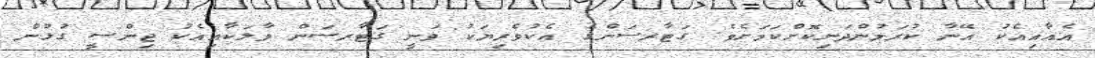
އެއާއިއެކު އޭނާ ކުރަމުންދަނިކޮށްކަމަށެވެ. ގަޓާރސަންގެ އެކުވެރިޔަކު ވަނީ ގަޓާރސަން ވާލަކާއިއެކު ޖިންސީ ގުޅުން